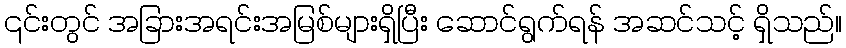
၎င်းတွင် အခြားအရင်းအမြစ်များရှိပြီး ဆောင်ရွက်ရန် အဆင်သင့် ရှိသည်။